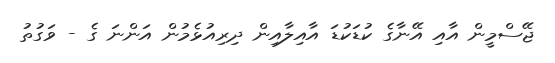
ޖޭސްމީން އާއި އޭނާގެ ކުޑަކުޑަ އާއިިލާއިން ދިރިއުޅެެމުން އަންނަ ގެ - ވަގުތު